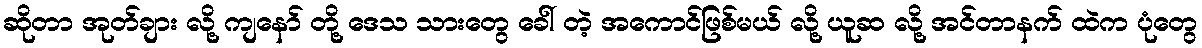
ဆိုတာ အုတ်ချား လို့ ကျနော် တို့ ဒေသ သားတွေ ခေါ် တဲ့ အကောင်ဖြစ်မယ် လို့ ယူဆ လို့ အင်တာနက် ထဲက ပုံတွေ